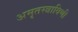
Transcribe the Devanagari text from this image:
अमृतस्त्राविणी